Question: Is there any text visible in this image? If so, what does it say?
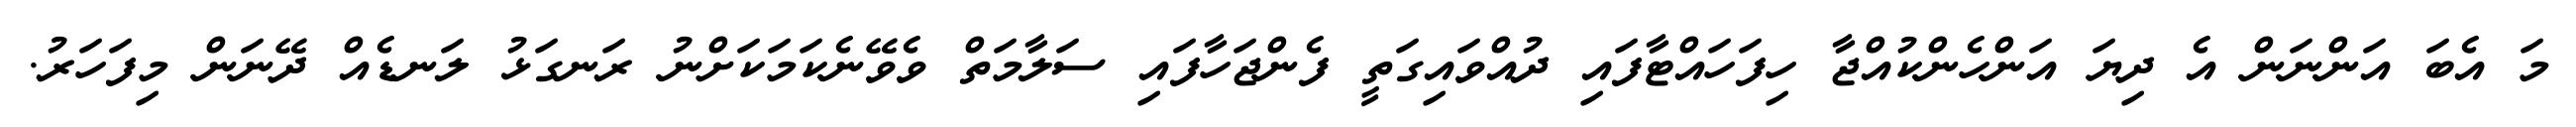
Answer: މަ އެބަ އަންނަން އެ ދިޔަ އަންހެންކުއްޖާ ހިފަހައްޓާފައި ދުއްވައިގަތީ ފެންޖަހާފައި ސަލާމަތް ވެވޭނެކަމަކަށްނު ރަނގަޅު ލަނޑެއް ދޭނަން މިފަހަރު.